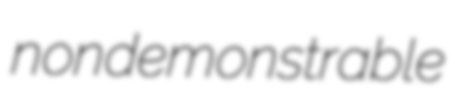
nondemonstrable